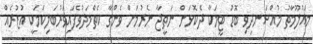
މައުލޫމާތު މުއްސަނދިވި ބޮޑު ޓީމަކާ ދެކޮޅަށް ނަތީޖާ ނެރުމަށް ވެންގާ ކެތްމަދުވެފައިވަރުބަލިކަމަކީ އުޒުރެއް